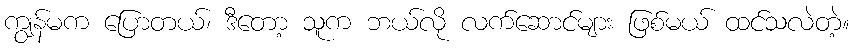
ကျွန်မက ပြောတယ်၊ ဒီတော့ သူက ဘယ်လို လက်ဆောင်များ ဖြစ်မယ် ထင်သလဲတဲ့။